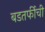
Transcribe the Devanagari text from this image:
बडतर्फीची